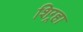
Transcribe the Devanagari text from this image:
शिग्र्हा